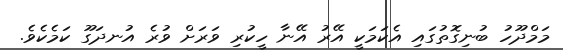
މަމްދޫހު ބުނިގޮތުގައި އެކަމަކީ އޭރު އޭނާ ހީކުރި ވަރަށް ވުރެ އުނދަގޫ ކަމެކެވެ.